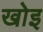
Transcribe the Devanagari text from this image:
खोइ